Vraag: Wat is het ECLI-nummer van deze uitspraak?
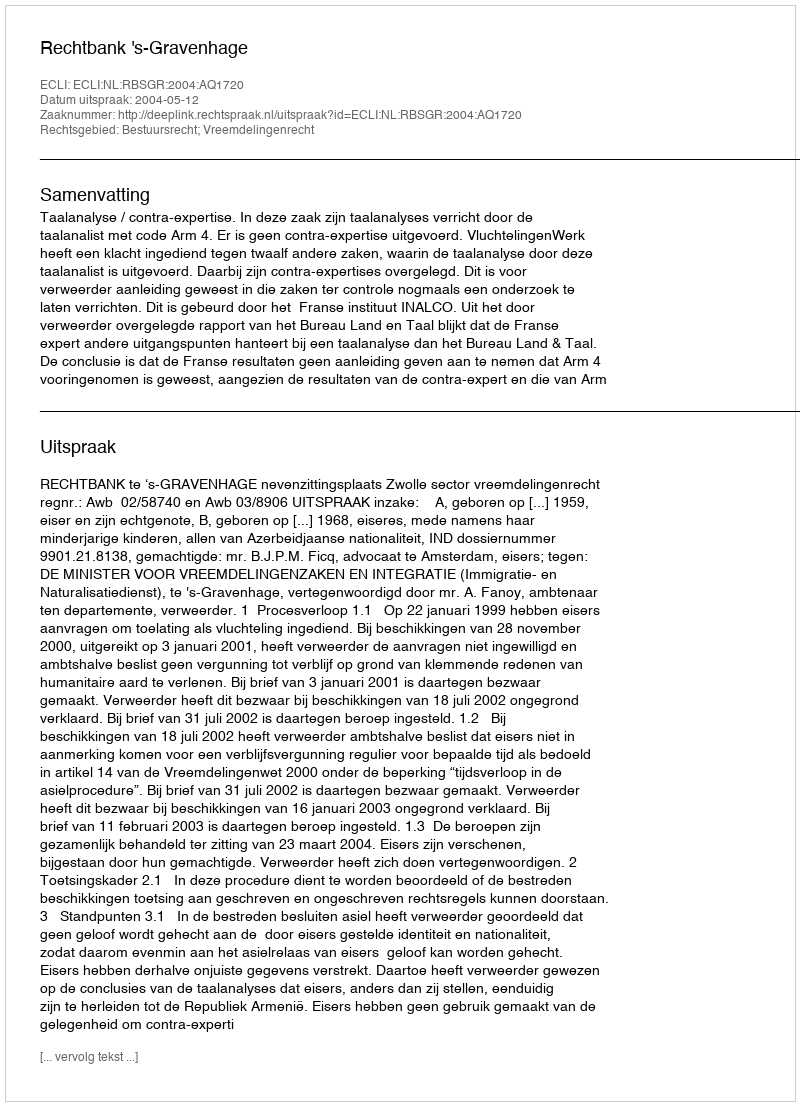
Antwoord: ECLI:NL:RBSGR:2004:AQ1720